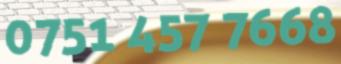
0751 457 7668